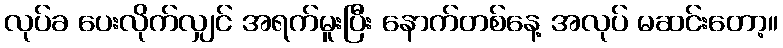
လုပ်ခ ပေးလိုက်လျှင် အရက်မူးပြီး နောက်တစ်နေ့ အလုပ် မဆင်းတော့။